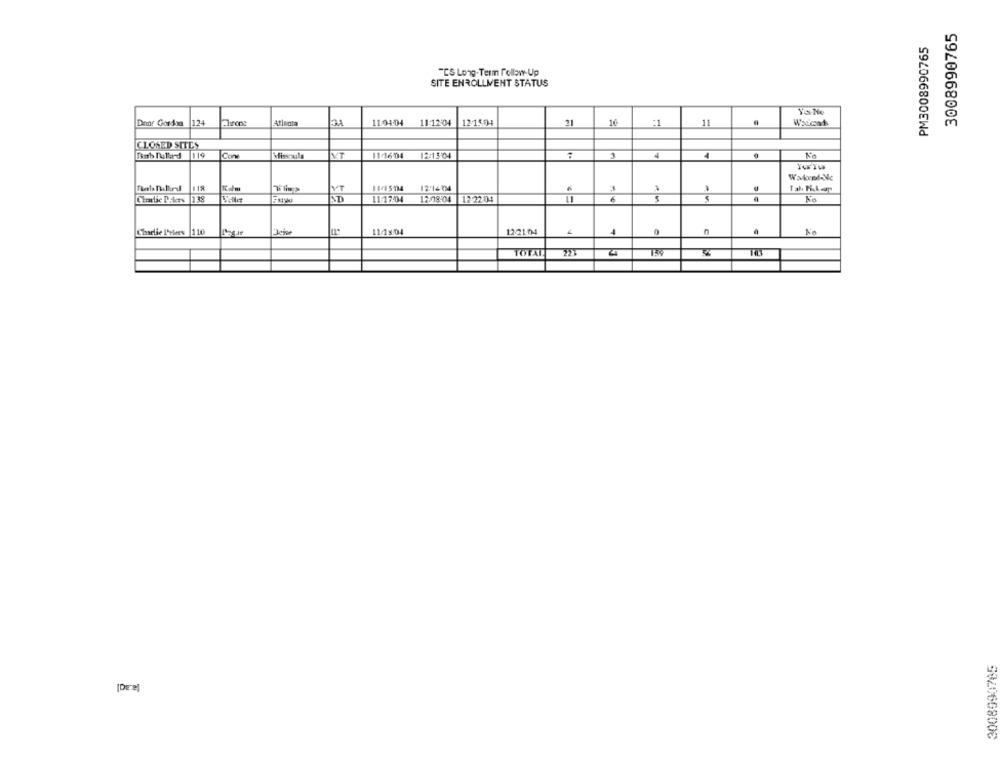
3008990765
PM3008990765
"CS Long-Term follow-Up
SITE ENROLLMENT STATUS
Dene Gordoa 124
Atlanta
3A
11:04/04
11:12:04
12:15:04
21
16
:1
11
CLOSED SITES
Con
Misvila
11/1604
12/1 5:04
Ko
Wakred-Nc
Thel Third
YT
12:14-04
3
11:17:04
12-18:04
12-22.04
6
No
Charlie I'rtees 110
11/18:04
12:2104
No
TOTAL
223
3008990765
[Deel